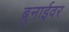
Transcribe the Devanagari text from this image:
ब्रुनाईवर